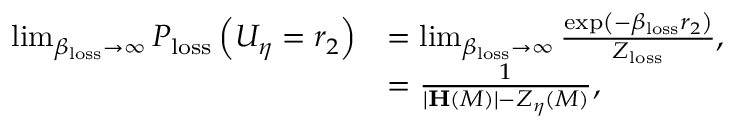
\begin{array} { r l } { \operatorname* { l i m } _ { \beta _ { \mathrm { l o s s } } \rightarrow \infty } P _ { \mathrm { l o s s } } \left( U _ { \eta } = r _ { 2 } \right) } & { = \operatorname* { l i m } _ { \beta _ { \mathrm { l o s s } } \rightarrow \infty } \frac { \exp \left( - \beta _ { \mathrm { l o s s } } r _ { 2 } \right) } { Z _ { \mathrm { l o s s } } } , } \\ & { = \frac { 1 } { \vert \mathbf { H } \left( M \right) \vert - Z _ { \eta } \left( M \right) } , } \end{array}